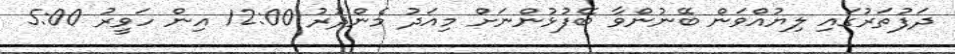
ދަފުތަރުގައި ލިޔުއްވަން ބޭނުންވާ ބޭފުޅުންނަށް މިއަދު މެންދުރު 12:00 އިން ހަވީރު 5:00